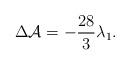
LaTeX: \begin{align*}\Delta {\cal A}=-\frac{28}{3}\lambda _{1}. \end{align*}